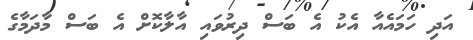
އަދި ހަމައެއާ އެކު އެ ބަސް ދިރުވައި އާލާކޮށް އެ ބަސް މާދަމާގެ